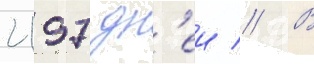
2197 дн'еи // В